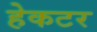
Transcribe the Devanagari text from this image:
हेकटर